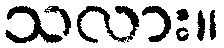
သလား။